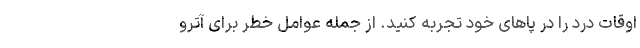
اوقات درد را در پاهای خود تجربه کنید. از جمله عوامل خطر برای آترو